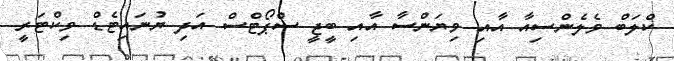
ކްލަބް ވެލެންސިއާ އާއި ވިޔަންސާ އާއި ބީޖީ ސްޕޯޓްސް އަދި ޔުނައިޓެޑް ވިކްޓަރީ